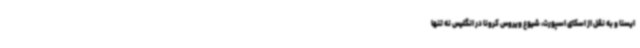
ایسنا و به نقل از اسکای اسپورت، شیوع ویروس کرونا در انگلیس نه تنها